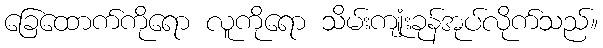
ခြေထောက်ကိုရော လူကိုရော သိမ်းကျုံးခုန်အုပ်လိုက်သည်။